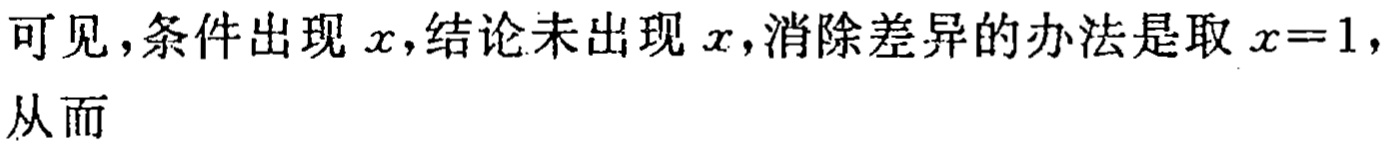
可见，条件出现 \(x\)，结论未出现 \(x\)，消除差异的办法是取 \(x = 1\)，从而